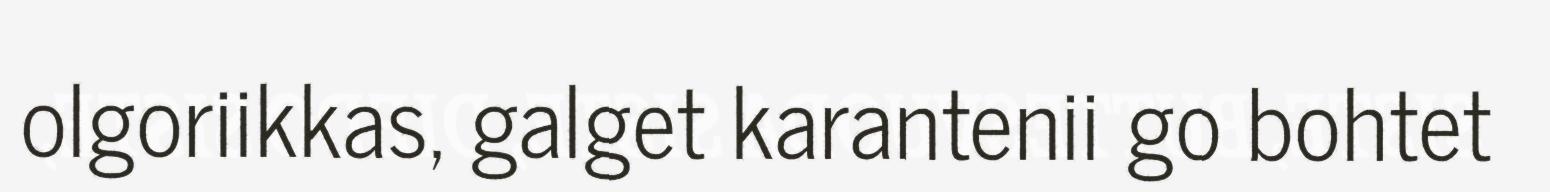
olgoriikkas, galget karantenii go bohtet